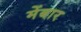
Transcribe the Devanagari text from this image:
मेंबार